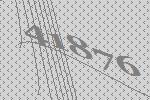
41876